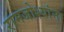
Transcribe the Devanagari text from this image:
रामजोश्यांना